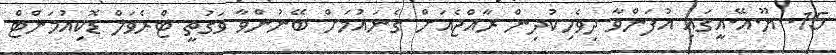
15. ޔޫ.އޭ.އީގައި އުފަންވާ ދިވެހިކުދިން ރާއްޖެއަށް ގެނައުމަށް ބޭނުންވާ ވަގުތީ ޓްރެވަލް ޑޮކިއުމަންޓް